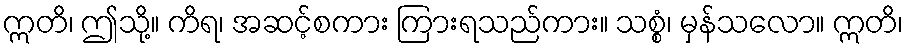
ဣတိ၊ ဤသို့။ ကိရ၊ အဆင့်စကား ကြားရသည်ကား။ သစ္စံ၊ မှန်သလော။ ဣတိ၊